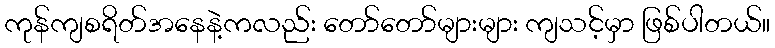
ကုန်ကျစရိတ်အနေနဲ့ကလည်း တော်တော်များများ ကျသင့်မှာ ဖြစ်ပါတယ်။